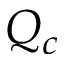
Q _ { c }